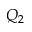
Q _ { 2 }